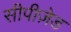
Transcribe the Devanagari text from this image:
सीपीज़ेड